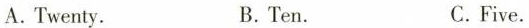
A. Twenty. B. Ten. C.Five.